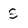
Character: S